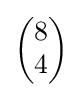
{\begin{pmatrix}8\\4\end{pmatrix}}